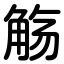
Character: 觞